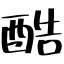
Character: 酷